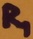
Text: R1